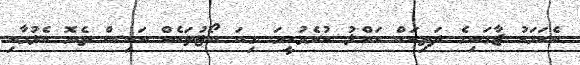
އެކަމަކު ޖާގައިގެ ދަތިކަން ހައްލު ކުރެވުނީމަ ގިނަ ބޯޓުތަކެއް އައިސް ތެޔޮ އެޅުމާއި